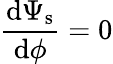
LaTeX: \frac{\textrm{d}\Psi_{\textrm{s}}}{\textrm{d}\phi}=0